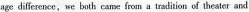
age difference,we both came from a tradition of theater and